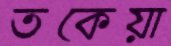
তকেয়া